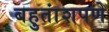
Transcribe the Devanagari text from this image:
बहुतांशपणे